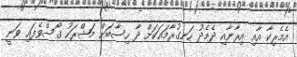
އެމެރިކާ އާއި އިރާނާއި ދެމެދު ހަނގުރާމައަކަށް ދާ ހިސާބަށް މަޝްރަހު ގޯސްވެފައި ވަނީ